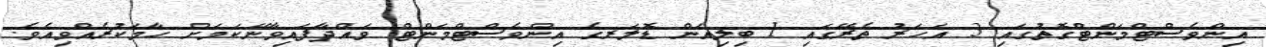
އިންވެސްޓްމަންޓްގޮތުގައި 3 އަހަރު ތެރޭގައި 1 ބިލިއަން ޑޮލަރގެ އިންވެސްޓްމަންޓް ވައްދާފައިވާނޭކަމަށް ހާމަކުރެއްވިއެވެ.